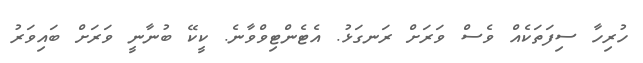
ހުރިހާ ސިފަތަކެއް ވެސް ވަރަށް ރަނގަޅު. އެޓެންޓިވްވާނެ. ކީކޭ ބުނާނީ ވަރަށް ބައިވަރު